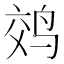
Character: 䴔